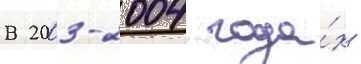
В 2003-2004 года́х -